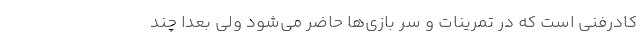
کادرفنی است که در تمرینات و سرِ بازی‌ها حاضر می‌شود ولی بعداً چند